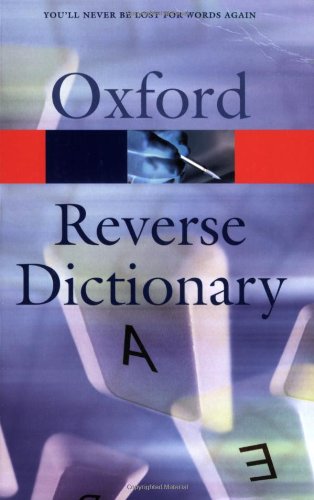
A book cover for The Oxford Reverse Dictionary; Reference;